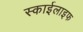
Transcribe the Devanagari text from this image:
स्काईलाइफ